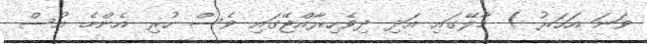
ވަނަ އަހަރު ) މާލޭގައި އަދި ދިވެހިރާއްޖޭގައި ވެސް ހުރި އެންމެ އުސް